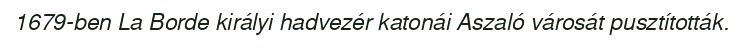
1679-ben La Borde királyi hadvezér katonái Aszaló városát pusztították.